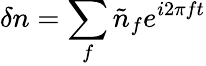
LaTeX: \delta n=\sum_{f}\tilde{n}_{f}e^{i2\pi ft}